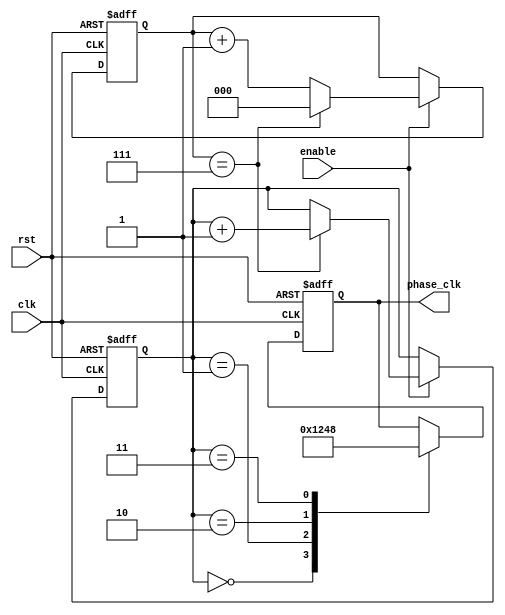
module multi_phase_clock_divider (
    input wire clk,
    input wire rst,
    input wire enable,
    output reg [3:0] phase_clk
);

reg [2:0] count;
reg [3:0] phase;

always @(posedge clk or posedge rst) begin
    if (rst) begin
        count <= 0;
        phase <= 4'b0000;
    end else begin
        if (enable) begin
            if (count == 3'd7) begin
                count <= 0;
                phase <= phase + 1;
            end else begin
                count <= count + 1;
            end
        end
    end
end

always @(posedge clk or posedge rst) begin
    if (rst) begin
        phase_clk <= 4'b0000;
    end else begin
        case (phase)
            4'b0000: phase_clk <= 4'b0001;
            4'b0001: phase_clk <= 4'b0010;
            4'b0010: phase_clk <= 4'b0100;
            4'b0011: phase_clk <= 4'b1000;
        endcase
    end
end

endmodule